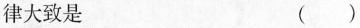
律大致是 ()